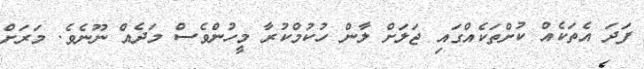
ފަދަ އެތަކެއް ކުށްތަކެއްގައި ޖަލަށް ލާން ހުކުމްކުރާ މީހުންވެސް މަދެއް ނޫނެވެ. މަރަށް